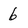
Character: 6